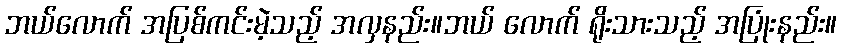
ဘယ်လောက် အပြစ်ကင်းမဲ့သည့် အလှနည်း။ဘယ် လောက် ရိုးသားသည့် အပြုံးနည်း။